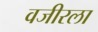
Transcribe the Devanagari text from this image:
वजीरला